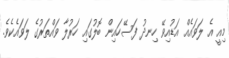
މިއީ އެ ލަވައެއް އަޑުއިވޭ ހިނދު ފަސޭހައިން ބޮލުގައި ހަރުލާ ވައްތަރުގެ ލަވައެކެވެ.